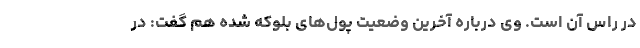
در راس آن است. وی درباره آخرین وضعیت پول‌های بلوکه شده هم گفت: در